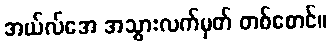
အယ်လ်အေ အသွားလက်မှတ် တစ်စောင်။